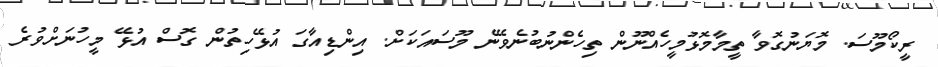
ރީކޯމޫސަ. މޮޔަނުގޮވާ ތީމާމޮޅުމީހެއްނޫން ތިހެންނުބުނެވޭނެ މޫސައަކަށް. އިންޑިއާގަ އުޅޭހިތުން ގޮސް އުޅޭ މީހުނަށްވުރެ